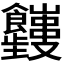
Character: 𬲤